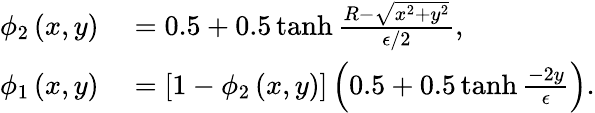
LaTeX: \begin{array}{rl}{\phi_{2}\left(x,y\right)}&{{}=0.5+0.5\operatorname{tanh}\frac{R-\sqrt{x^{2}+y^{2}}}{\epsilon/2},}\\ {\phi_{1}\left(x,y\right)}&{{}=\left[1-\phi_{2}\left(x,y\right)\right]\left(0.5+0.5\operatorname{tanh}\frac{-2y}{\epsilon}\right).}\end{array}